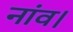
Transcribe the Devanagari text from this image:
नांव।